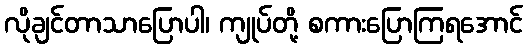
လိုချင်တာသာပြောပါ၊ ကျုပ်တို့ စကားပြောကြရအောင်